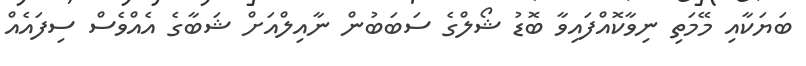
ބަޔަކާއި މޭމަތި ނިވާކޮއްފައިވާ ބޮޑު ޝޯލްގެ ސަބަބުން ނާއިލްއަށް ޝަބާގެ އެއްވެސް ސިފައެއް